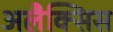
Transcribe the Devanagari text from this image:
अलैक्सिस